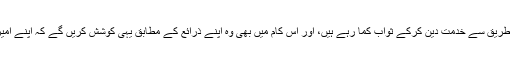
اور یاد رکھو کہ غرباء ہزاروں طریق سے خدمت دین کرکے ثواب کما رہے ہیں، اور اس کام میں بھی وہ اپنے ذرائع کے مطابق یہی کوشش کریں گے کہ اپنے امیر بھائیوں سے آگے نکل جاویں۔